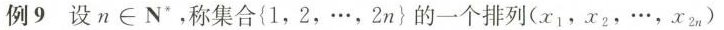
例9 设 $$n \in N *$$，称集合1，2，…，2}的一个排列( x_{1}，x_{2}，…，x_{2n})